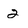
Character: 2